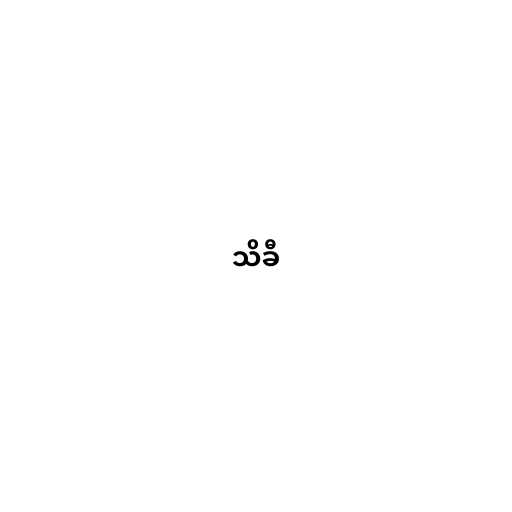
သိခီ